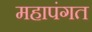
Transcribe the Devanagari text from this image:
महापंगत